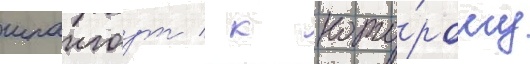
шпангоут / к кото́рому